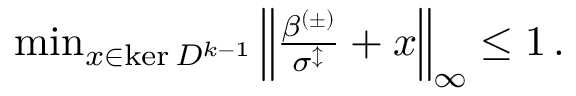
\begin{array} { r } { \operatorname* { m i n } _ { x \in \ker D ^ { k - 1 } } \left\lVert \frac { \beta ^ { ( \pm ) } } { \sigma ^ { \updownarrow } } + x \right\rVert _ { \infty } \leq 1 \, . } \end{array}